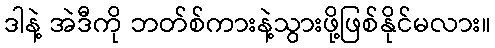
ဒါနဲ့ အဲဒီကို ဘတ်စ်ကားနဲ့သွားဖို့ဖြစ်နိုင်မလား။